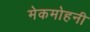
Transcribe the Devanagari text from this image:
मेकमोहनी